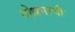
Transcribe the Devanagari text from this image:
गोधनाची